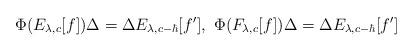
LaTeX: \begin{align*}\Phi(E_{\lambda,c}[f])\Delta=\Delta E_{\lambda,c-\hbar}[f'],\ \Phi(F_{\lambda,c}[f])\Delta=\Delta E_{\lambda,c-\hbar}[f']\end{align*}